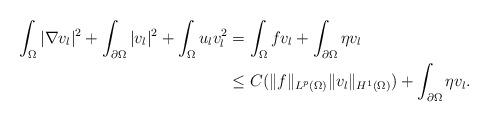
LaTeX: \begin{align*}\begin{aligned}\int_{\Omega}|\nabla v_{l}|^{2}+\int_{\partial\Omega}|v_{l}|^{2}+\int_{\Omega}u_{l}v_{l}^{2}&=\int_{\Omega}fv_{l}+\int_{\partial\Omega}\eta v_{l}\\&\le C(\|f\|_{L^{p}(\Omega)}\|v_{l}\|_{H^{1}(\Omega)})+\int_{\partial\Omega}\eta v_{l}.\end{aligned}\end{align*}